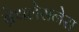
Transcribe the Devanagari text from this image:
ब्रेथलेसनेस